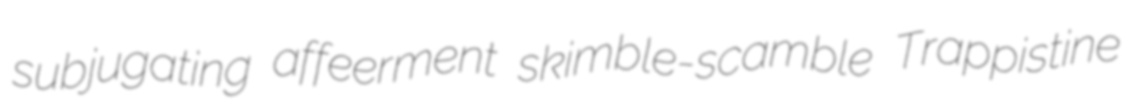
subjugating affeerment skimble-scamble Trappistine